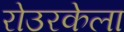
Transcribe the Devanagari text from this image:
रोउरकेला